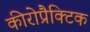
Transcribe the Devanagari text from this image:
कीरोप्रैक्टिक